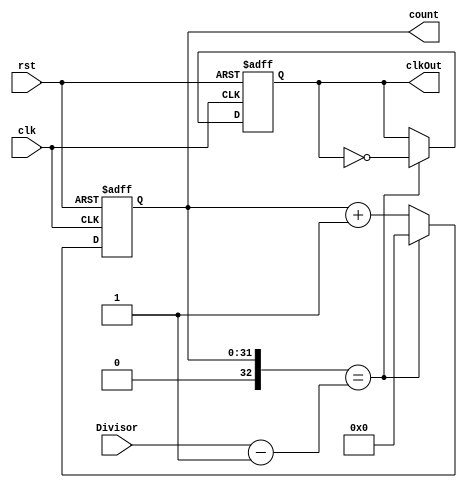
module ClockDivider (
    Divisor,
    clkOut,
    count,
    clk,
    rst
);
// Simple Clock Divider based on the Digilint Clock Divider
// https://learn.digilentinc.com/Documents/262
// 
// Input:
//     Divisor(32 bit): the clock frequncy divide by value
//     clk(bool): The input clock
//     rst(bool): clockDivider Reset
// 
// Ouput:
//     clkOut(bool): the divided clock ouput
//     count(32bit): the value of the internal counter

input [31:0] Divisor;
output clkOut;
wire clkOut;
output [31:0] count;
wire [31:0] count;
input clk;
input rst;

reg [31:0] count_i = 0;
reg clkOut_i = 0;



always @(posedge clk, posedge rst) begin: CLOCKDIVIDER_COUNTER
    if (rst) begin
        count_i <= 0;
    end
    else if (($signed({1'b0, count_i}) == ($signed({1'b0, Divisor}) - 1))) begin
        count_i <= 0;
    end
    else begin
        count_i <= (count_i + 1);
    end
end


always @(posedge clk, posedge rst) begin: CLOCKDIVIDER_CLOCKTICK
    if (rst) begin
        clkOut_i <= 0;
    end
    else if (($signed({1'b0, count_i}) == ($signed({1'b0, Divisor}) - 1))) begin
        clkOut_i <= (!clkOut_i);
    end
    else begin
        clkOut_i <= clkOut_i;
    end
end



assign count = count_i;
assign clkOut = clkOut_i;

endmodule